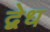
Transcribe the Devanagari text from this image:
द्वेध